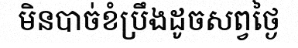
មិនបាច់ខំប្រឹងដូចសព្វថ្ងៃ